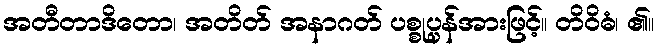
အတီတာဒိတော၊ အတိတ် အနာဂတ် ပစ္စုပ္ပန်အားဖြင့်။ တိဝိဓံ၊ ၏။